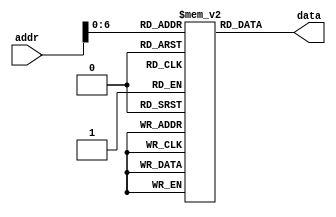
// Course: CSE 401- Computer Architecture
// Term: Winter 2020
// Name: Erika Gutierrez
// ID: 005318270

module memory (
   output reg [31:0] data,       // Output of Instruction Memory
   input wire [31:0] addr        // Input of Instruction Memory
   );

// Register Declarations
   reg [31:0] MEM[0:127];  // 128 words of 32-bit memory

// Initialize Registers
   initial begin
   MEM[0] <= 'hA00000AA;
   MEM[1] <= 'h10000011;
   MEM[2] <= 'h20000022;
   MEM[3] <= 'h30000033;
   MEM[4] <= 'h40000044;
   MEM[5] <= 'h50000055;
   MEM[6] <= 'h60000066;
   MEM[7] <= 'h70000077;
   MEM[8] <= 'h80000088;
   MEM[9] <= 'h90000099;
   end

   always @ (addr) data <= MEM[addr];
endmodule // mem